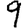
Digit: 9